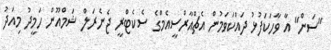
"ސަން" އާ ވާހަކަފުޅު ދައްކަވަމުން އެޗްއާރްސީއެމްގެ ސެކެޓްރީ ޖެނެރަލް ޝަމްއޫން ހަމީދު މިއަދު